Civil Veterinary Department. Central Provinces & Berar 1932-41 - 1932-1941
Year: 1932
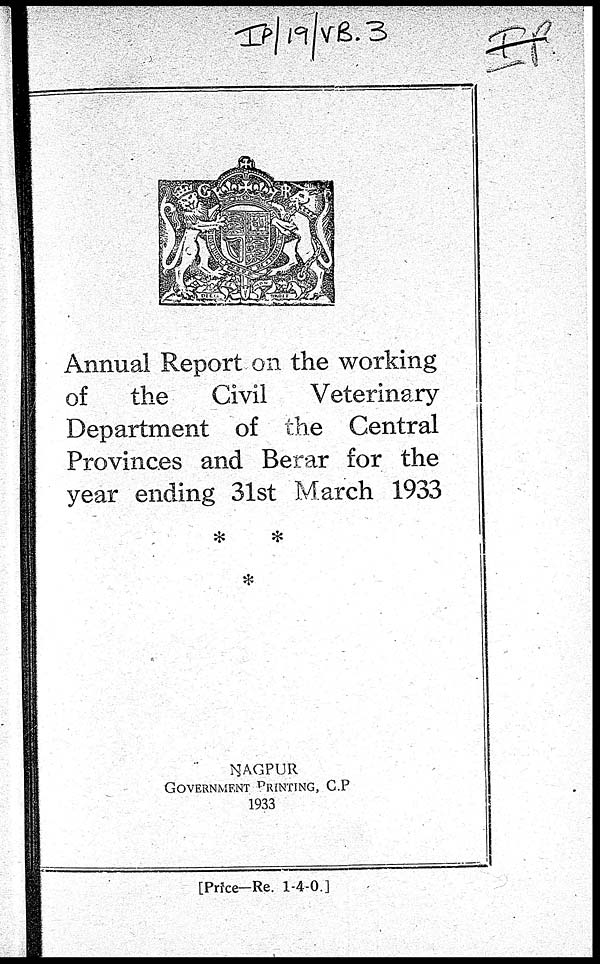
Annual Report on the working
of
the
Civil
Veterinary
Department of the Central
Provinces and Berar for the
year ending 31st March 1933
* *
*
NAGPUR
GOVERNMENT PRINTING, C.P
1933
[Price-Re. 1-4-0.]